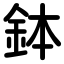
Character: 鉢